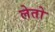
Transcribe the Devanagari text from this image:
लेतो